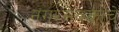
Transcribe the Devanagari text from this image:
नगरसेवकांचे